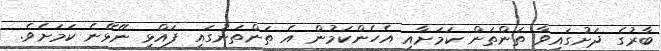
ބާރުގެ ދަށުގައިވާ ތަންތަން ކަމަށާއި އެހެންކަމުން އެ ތަންތަނުގައި ފައްޅި ނޭޅޭނެ ކަމަށެވެ.